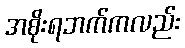
အစိုးရဘက်ကလည်း